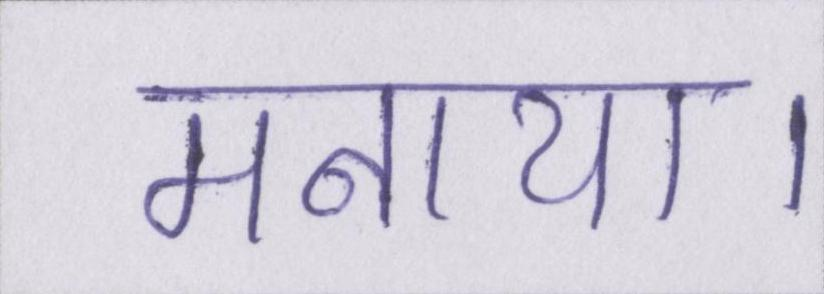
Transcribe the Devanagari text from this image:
मनाया।